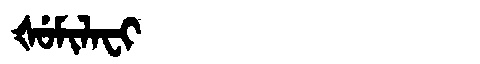
Manchu: ᡧᡠᠮᡳᠯᠠᠸᡳ
Romanization: ŠUMILAFI